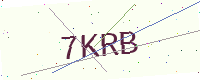
Text: 7KRB